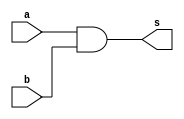
`timescale 1ns / 1ps
//////////////////////////////////////////////////////////////////////////////////
// Company: 
// Engineer: 
// 
// Design Name: 
// Module Name:    and2_wen 
// Project Name: 
// Target Devices: 
// Tool versions: 
// Description: 
//
// Dependencies: 
//
// Revision: 
// Revision 0.01 - File Created
// Additional Comments: 
//
//////////////////////////////////////////////////////////////////////////////////
module and2_wen(
    input a,
    input b,
    output s
    );

	assign s = a & b;

endmodule